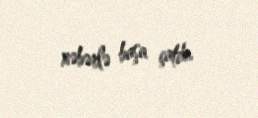
xəbərlə başa çatdı.